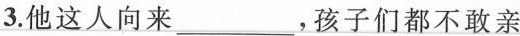
3.他这人向来___，孩子们都不敢亲